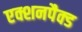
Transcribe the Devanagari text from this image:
एक्शनपैक्ड